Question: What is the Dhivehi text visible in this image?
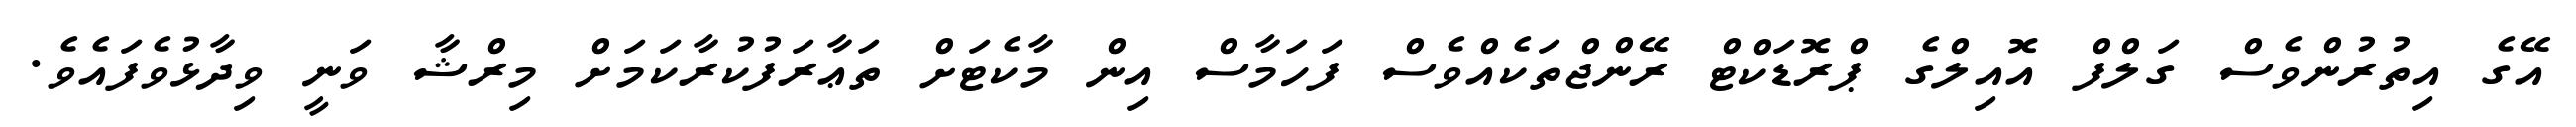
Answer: އޭގެ އިތުރުންވެސް ގަލްފް އޮއިލްގެ ޕްރޮޑަކްޓް ރޭންޖްތަކެއްވެސް ފަހަމާސް އިން މާކެޓަށް ތަޢާރަފުކުރާކަމަށް މިރްޝާ ވަނީ ވިދާޅުވެފައެވެ.